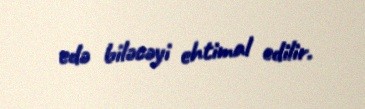
edə biləcəyi ehtimal edilir.